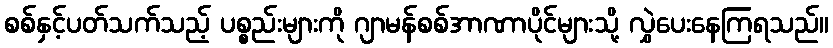
စစ်နှင့်ပတ်သက်သည့် ပစ္စည်းများကို ဂျာမန်စစ်အာဏာပိုင်များသို့ လွှဲပေးနေကြရသည်။